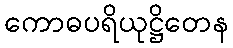
ကောဓပရိယုဋ္ဌိတေန